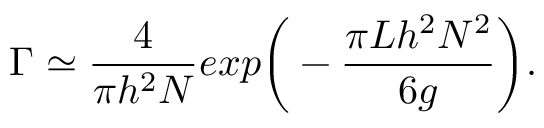
\Gamma \simeq \frac { 4 } { \pi h ^ { 2 } N } e x p \bigg ( - \frac { \pi L h ^ { 2 } N ^ { 2 } } { 6 g } \bigg ) .